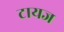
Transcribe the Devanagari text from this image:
टायज